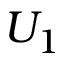
U _ { 1 }